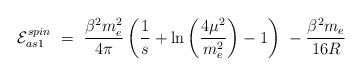
\begin{align*}{\cal E}^{spin}_{as1}\ =\ \frac{\beta^2m_e^2}{4\pi}\left(\frac 1s +\ln\left(\frac{4\mu^2}{m_e^2}\right) -1\right)\-\ -\frac{\beta^2m_e}{16R}\end{align*}